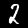
Label: 2